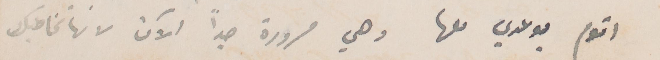
أقوم بوعدي لها وهي مسرورة جدًا الآن لانها تخاطبك